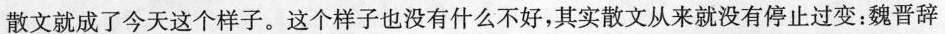
的散文就成了今天这个样子。这个样子也没有什么不好，其实散文从来就没有停止过变：魏晋辞